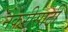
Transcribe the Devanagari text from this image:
नेकरीसाठी